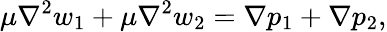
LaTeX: \mu\nabla^{2}w_{1}+\mu\nabla^{2}w_{2}=\nabla p_{1}+\nabla p_{2},